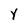
Character: Y